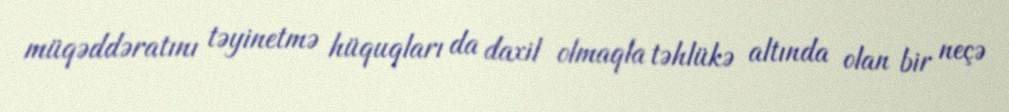
müqəddəratını təyinetmə hüquqları da daxil olmaqla təhlükə altında olan bir neçə